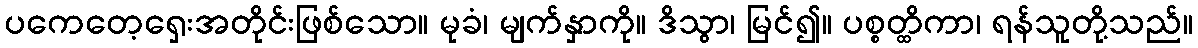
ပကေတေ့ရှေးအတိုင်းဖြစ်သော။ မုခံ၊ မျက်နှာကို။ ဒိသွာ၊ မြင်၍။ ပစ္စတ္ထိကာ၊ ရန်သူတို့သည်။